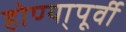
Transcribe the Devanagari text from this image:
होण्या्पूर्वी